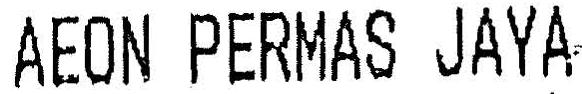
AEON PERMAS JAYA